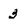
Character: 3